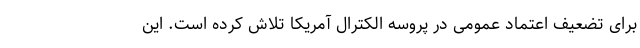
برای تضعیف اعتماد عمومی در پروسه الکترال آمریکا تلاش کرده است. این